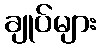
ချုပ်များ